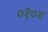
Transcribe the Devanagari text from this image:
०१०४